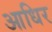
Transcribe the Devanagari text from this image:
आधिर